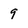
Character: 9